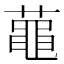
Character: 𪓔